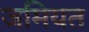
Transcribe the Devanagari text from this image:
जमियत